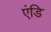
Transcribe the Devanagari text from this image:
एंडि